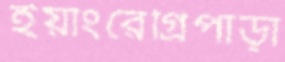
ইয়াংরেগ্রিপাড়া